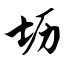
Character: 坜